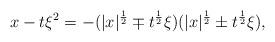
LaTeX: \begin{align*}x-t\xi^2=-(|x|^{\frac12}\mp t^{\frac12}\xi)(|x|^{\frac12}\pm t^{\frac12}\xi),\end{align*}